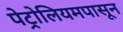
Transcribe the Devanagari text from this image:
पेट्रोलियमपासून